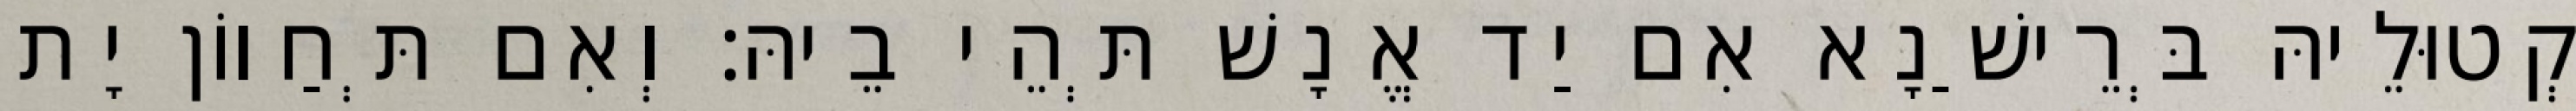
קְטוּלֵיהּ בְּרֵישַׁנָא אִם יַד אֱנָשׁ תְּהֵי בֵיהּ׃ וְאִם תְּחַווֹן יָת